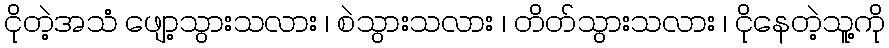
ငိုတဲ့အသံ ဖျော့သွားသလား ၊ စဲသွားသလား ၊ တိတ်သွားသလား ၊ ငိုနေတဲ့သူ့ကို